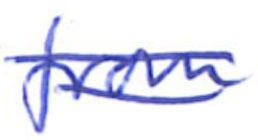
Text: from
Cross-out: double-line
Writing tool: ballpoint